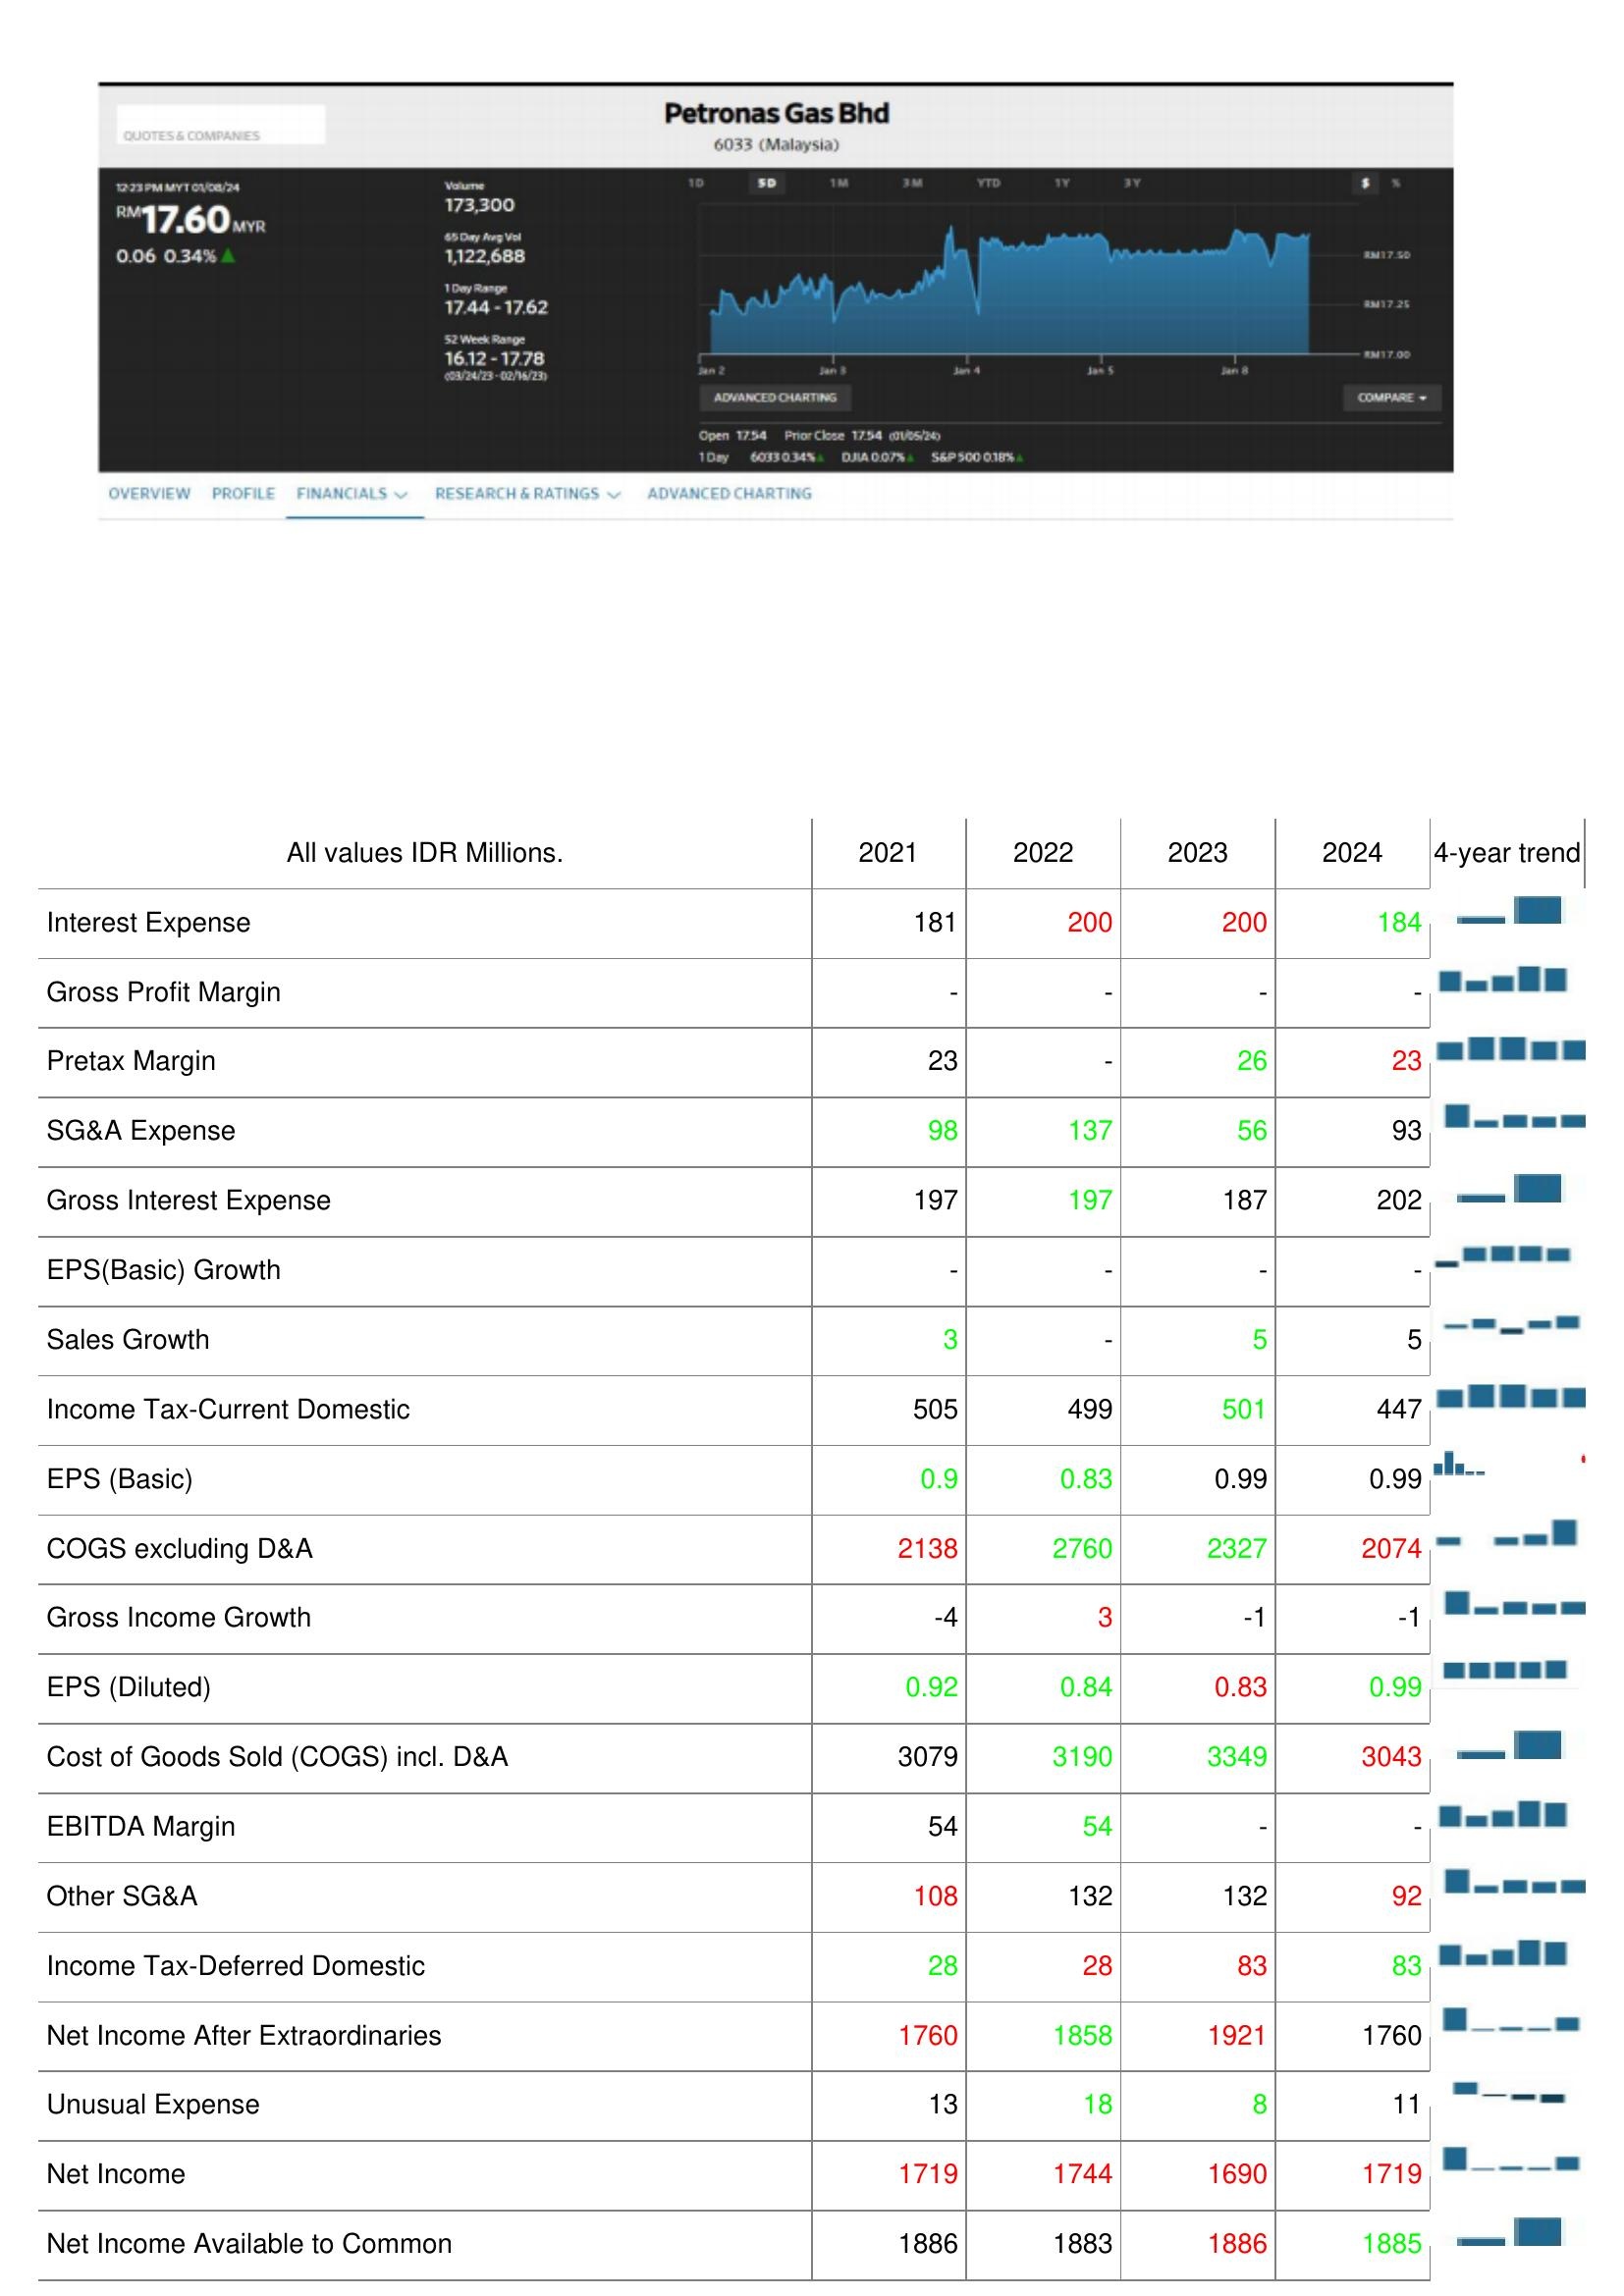
2021: : Interest Expense: 181
Gross Profit Margin: -
Pretax Margin: 23
SG&A Expense: 98
Gross Interest Expense: 197
EPS(Basic) Growth: -
Sales Growth: 3
Income Tax-Current Domestic: 505
EPS (Basic): 0.9
COGS excluding D&A: 2138
Gross Income Growth: -4
EPS (Diluted): 0.92
Cost of Goods Sold (COGS) incl. D&A: 3079
EBITDA Margin: 54
Other SG&A: 108
Income Tax-Deferred Domestic: 28
Net Income After Extraordinaries: 1760
Unusual Expense: 13
Net Income: 1719
Net Income Available to Common: 1886
2022: : Interest Expense: 200
Gross Profit Margin: -
Pretax Margin: -
SG&A Expense: 137
Gross Interest Expense: 197
EPS(Basic) Growth: -
Sales Growth: -
Income Tax-Current Domestic: 499
EPS (Basic): 0.83
COGS excluding D&A: 2760
Gross Income Growth: 3
EPS (Diluted): 0.84
Cost of Goods Sold (COGS) incl. D&A: 3190
EBITDA Margin: 54
Other SG&A: 132
Income Tax-Deferred Domestic: 28
Net Income After Extraordinaries: 1858
Unusual Expense: 18
Net Income: 1744
Net Income Available to Common: 1883
2023: : Interest Expense: 200
Gross Profit Margin: -
Pretax Margin: 26
SG&A Expense: 56
Gross Interest Expense: 187
EPS(Basic) Growth: -
Sales Growth: 5
Income Tax-Current Domestic: 501
EPS (Basic): 0.99
COGS excluding D&A: 2327
Gross Income Growth: -1
EPS (Diluted): 0.83
Cost of Goods Sold (COGS) incl. D&A: 3349
EBITDA Margin: -
Other SG&A: 132
Income Tax-Deferred Domestic: 83
Net Income After Extraordinaries: 1921
Unusual Expense: 8
Net Income: 1690
Net Income Available to Common: 1886
2024: : Interest Expense: 184
Gross Profit Margin: -
Pretax Margin: 23
SG&A Expense: 93
Gross Interest Expense: 202
EPS(Basic) Growth: -
Sales Growth: 5
Income Tax-Current Domestic: 447
EPS (Basic): 0.99
COGS excluding D&A: 2074
Gross Income Growth: -1
EPS (Diluted): 0.99
Cost of Goods Sold (COGS) incl. D&A: 3043
EBITDA Margin: -
Other SG&A: 92
Income Tax-Deferred Domestic: 83
Net Income After Extraordinaries: 1760
Unusual Expense: 11
Net Income: 1719
Net Income Available to Common: 1885